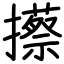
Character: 攃